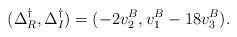
LaTeX: \begin{align*}(\Delta_R^{\dag}, \Delta_I^{\dag})=(-2v_2^B, v_1^B -18v_3^B).\end{align*}